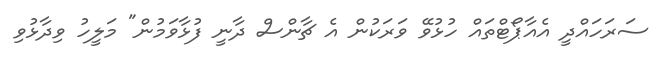
ސަރަހައްދީ އެއާޕޯޓްތައް ހުޅުވޭ ވަރަކުން އެ ޗާންސް ދާނީ ފުޅާވަމުން" މަލީހު ވިދާޅުވި